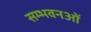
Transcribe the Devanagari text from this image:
सम्भवनओं